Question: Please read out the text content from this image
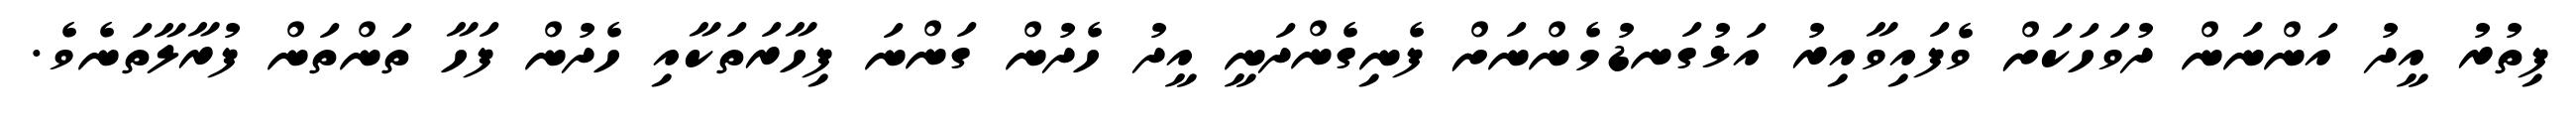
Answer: ފިތުރު އީދު އަންނަން ދުވަހަކަށް ވެފައިވާއިރު އަޅުގަނޑުމެންނަށް ފެނިގެންދަނީ އީދު ހެދުން ގަންނަ ފިހާރަތަކާއި ހެދުން ފަހާ ތަންތަން ފުރާލާތަނެވެ.